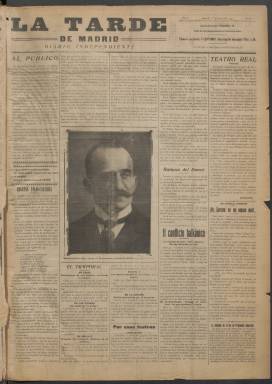
Título: La Tarde de Madrid (Madrid. 1913)
Colección: Periódicos
Ámbito geográfico: Madrid
Lugar de publicación: Madrid
Fechas: 01/01/1913-09/05/1913